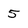
Character: 5